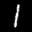
Label: 1